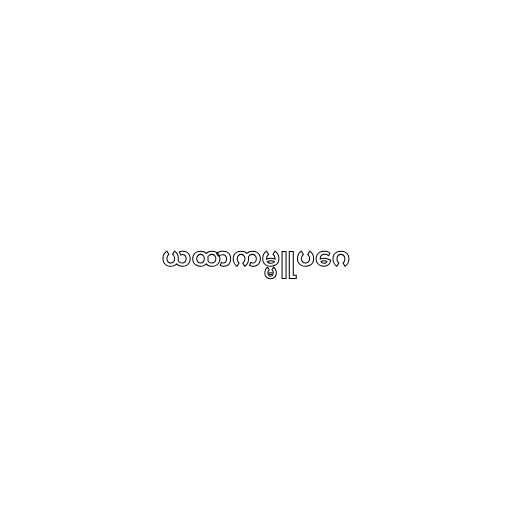
ယထာကမ္မူပဂေ